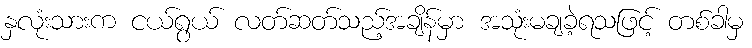
နှလုံးသားက ငယ်ရွယ် လတ်ဆတ်သည့်အချိန်မှာ အသုံးမချခဲ့ရသဖြင့် တစ်ခါမှ